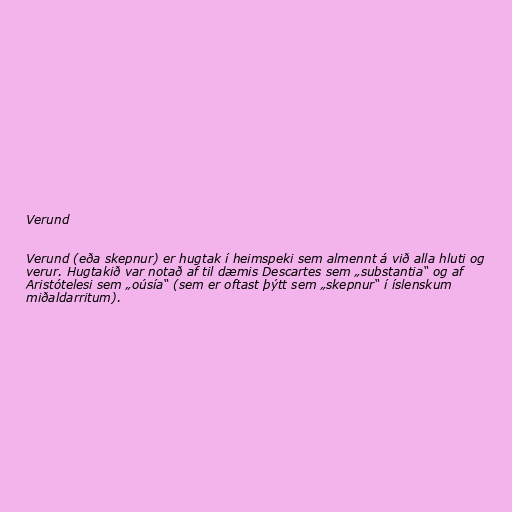
Verund

Verund (eða skepnur) er hugtak í heimspeki sem almennt á við alla hluti og
verur. Hugtakið var notað af til dæmis Descartes sem „substantia“ og af
Aristótelesi sem „oúsía“ (sem er oftast þýtt sem „skepnur“ í íslenskum
miðaldarritum).